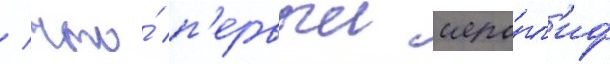
/ что́ п'ервыи иеро́гл'иф